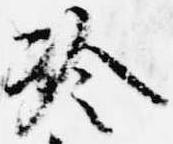
冷